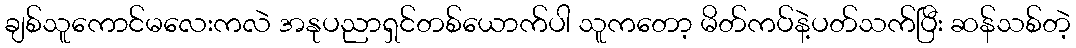
ချစ်သူကောင်မလေးကလဲ အနုပညာရှင်တစ်ယောက်ပါ သူကတော့ မိတ်ကပ်နဲ့ပတ်သက်ပြီး ဆန်သစ်တဲ့